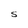
Character: S